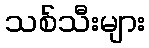
သစ်သီးများ